Tezpur Lunatic Asylum reports 1895-1904 - 1895-1904
Year: 1895
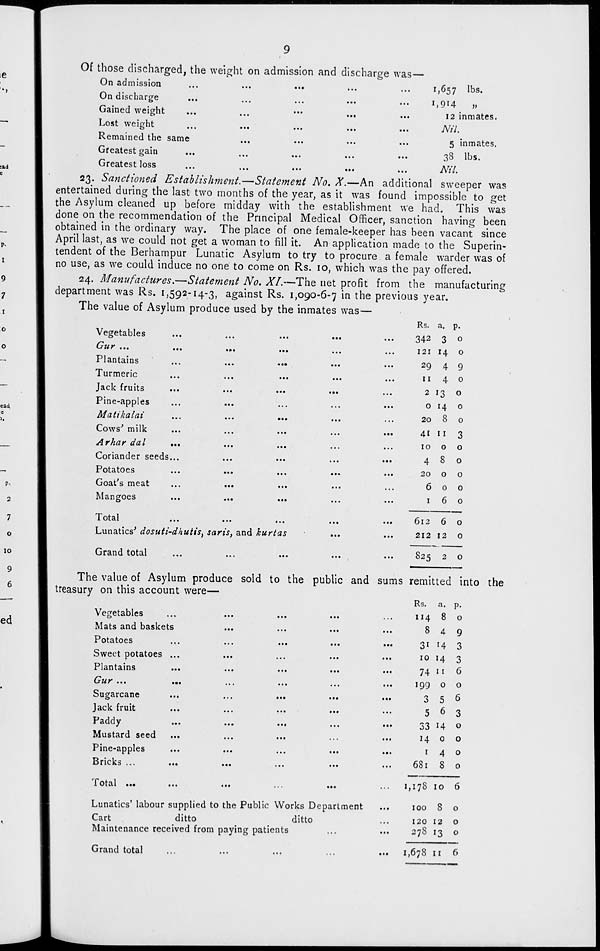
Of those discharged, the weight on admission and discharge was—
On admission
On discharge
Gained weight
Lost weight
Remained the same
Greatest gain
Greatest loss
1,657 lbs.
12 inmates.
Nil.
5 inmates.
38 lbs.
Nil.
Rs. a. P-
342 3 0
121 14 0
29 4 9
II
4 0
2 13 0
0 14 0
20
8 0
41 11 3
10 0
0
4 8 0
20 0
0
6 0 0
1
6 0
23. Sanctioned Establishment.—Statement No. X.—An additional sweeper was
entertained during the last two months of the year, as it was found impossible to get
the Asylum cleaned up before midday with the establishment we had. This was
done on the recommendation of the Principal Medical Officer, sanction having been
obtained in the ordinary way. The place of one female-keeper has been vacant since
April last, as we could not get a woman to fill it. An application made to the Superin-
tendent of the Berhampur Lunatic Asylum to try to procure a female warder was of
no use, as we could induce no one to come on Rs. 10, which was the pay offered.
24. Manufactures.—Statement No. XL—The net profit from the manufacturing
department was Rs. 1,592-14-3, against Rs. 1,090-6-7 in the previous year.
The value of Asylum produce used by the inmates was—
vegetaDies
...
...
...
...
...
'-] 11 r
...
...
...
••»
...
...
1 iantains
...
...
•«•
•••
...
Turmeric
Jack fruits
...
...
•••
•••
...
Pine-apples
...
...
...
...
...
Matikalai
...
...
...
Cows' milk
...
...
...
...
...
Articir out
...
...
...
...
...
Coriander seeds...
...
...
...
•••
Potatoes
...
...
...
•••
•••
Goat's meat
...
...
...
Mangoes
...
...
...
total
...
...
...
...
••*
Lunatics' dosuti-dhutis, saris, and kurtas
Grand total
The value of Asylum produce sold to the public and sums remitted into the
treasury on this account were—
Vegetables
...
...
...
Mats and baskets
...
Potatoes
...
...
...
...
...
Sweet potatoes ...
...
...
...
...
Plantains
...
...
••«
•••
•••
Crur ...
•••
...
•••
...
•••
Sugarcane
...
...
...
•••
•••
Jack fruit
...
...
•■•
•••
Paddy
...
...
...
...
•••
Mustard seed
...
...
...
•••
•••
Pine-apples
...
...
...
•••
•••
Bricks ...
...
...
•••
•••
•■•
Total •••
•••
•••
•••
•••
Lunatics' labour supplied to the Public Works Department
Cart
ditto
ditto
Maintenance received from paying patients
Grand total
...
...
...
•••
•••
612
6 0
212 12
0
825 2 0
remitted i
Rs. a. p.
114 8 0
8 4 9
3i 14 3
10 14 3
74 I 1 6
199 0 0
3 5 6
5 6 3
33 14 0
14 0 0
1
4 0
681 8 0
1,178 10 6
100 8 0
120 12 0
278 13 0
1,678 11 6